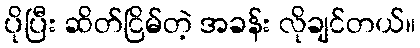
ပိုပြီး ဆိတ်ငြိမ်တဲ့ အခန်း လိုချင်တယ်။